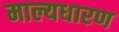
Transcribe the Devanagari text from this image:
माल्यधारण